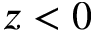
z < 0